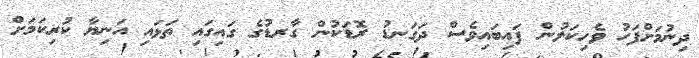
ދިނުމަށްފަހު ވެހިކަލުން ފައިބައިވެސް ދަގަނޑު ރޮޑަކުން ގާރޑުގެ ގައިގައި ތަޅައި އަނިޔާ ކުރިކަމަށް